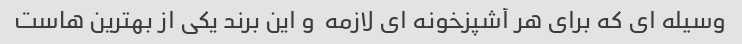
وسیله ای که برای هر آشپزخونه ای لازمه  و این برند یکی از بهترین هاست